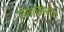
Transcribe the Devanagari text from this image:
लेखाखेरीज